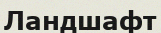
Ландшафт